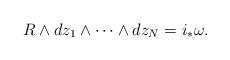
LaTeX: \begin{align*}R\wedge dz_1\wedge \cdots \wedge dz_N = i_* \omega.\end{align*}